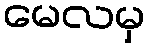
မေလမှ